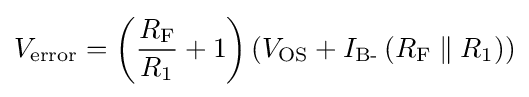
V_{\text{error}}=\left({\frac {R_{\text{F}}}{R_{1}}}+1\right)\left(V_{\text{OS}}+I_{\text{B-}}\left(R_{\text{F}}\parallel R_{1}\right)\right)